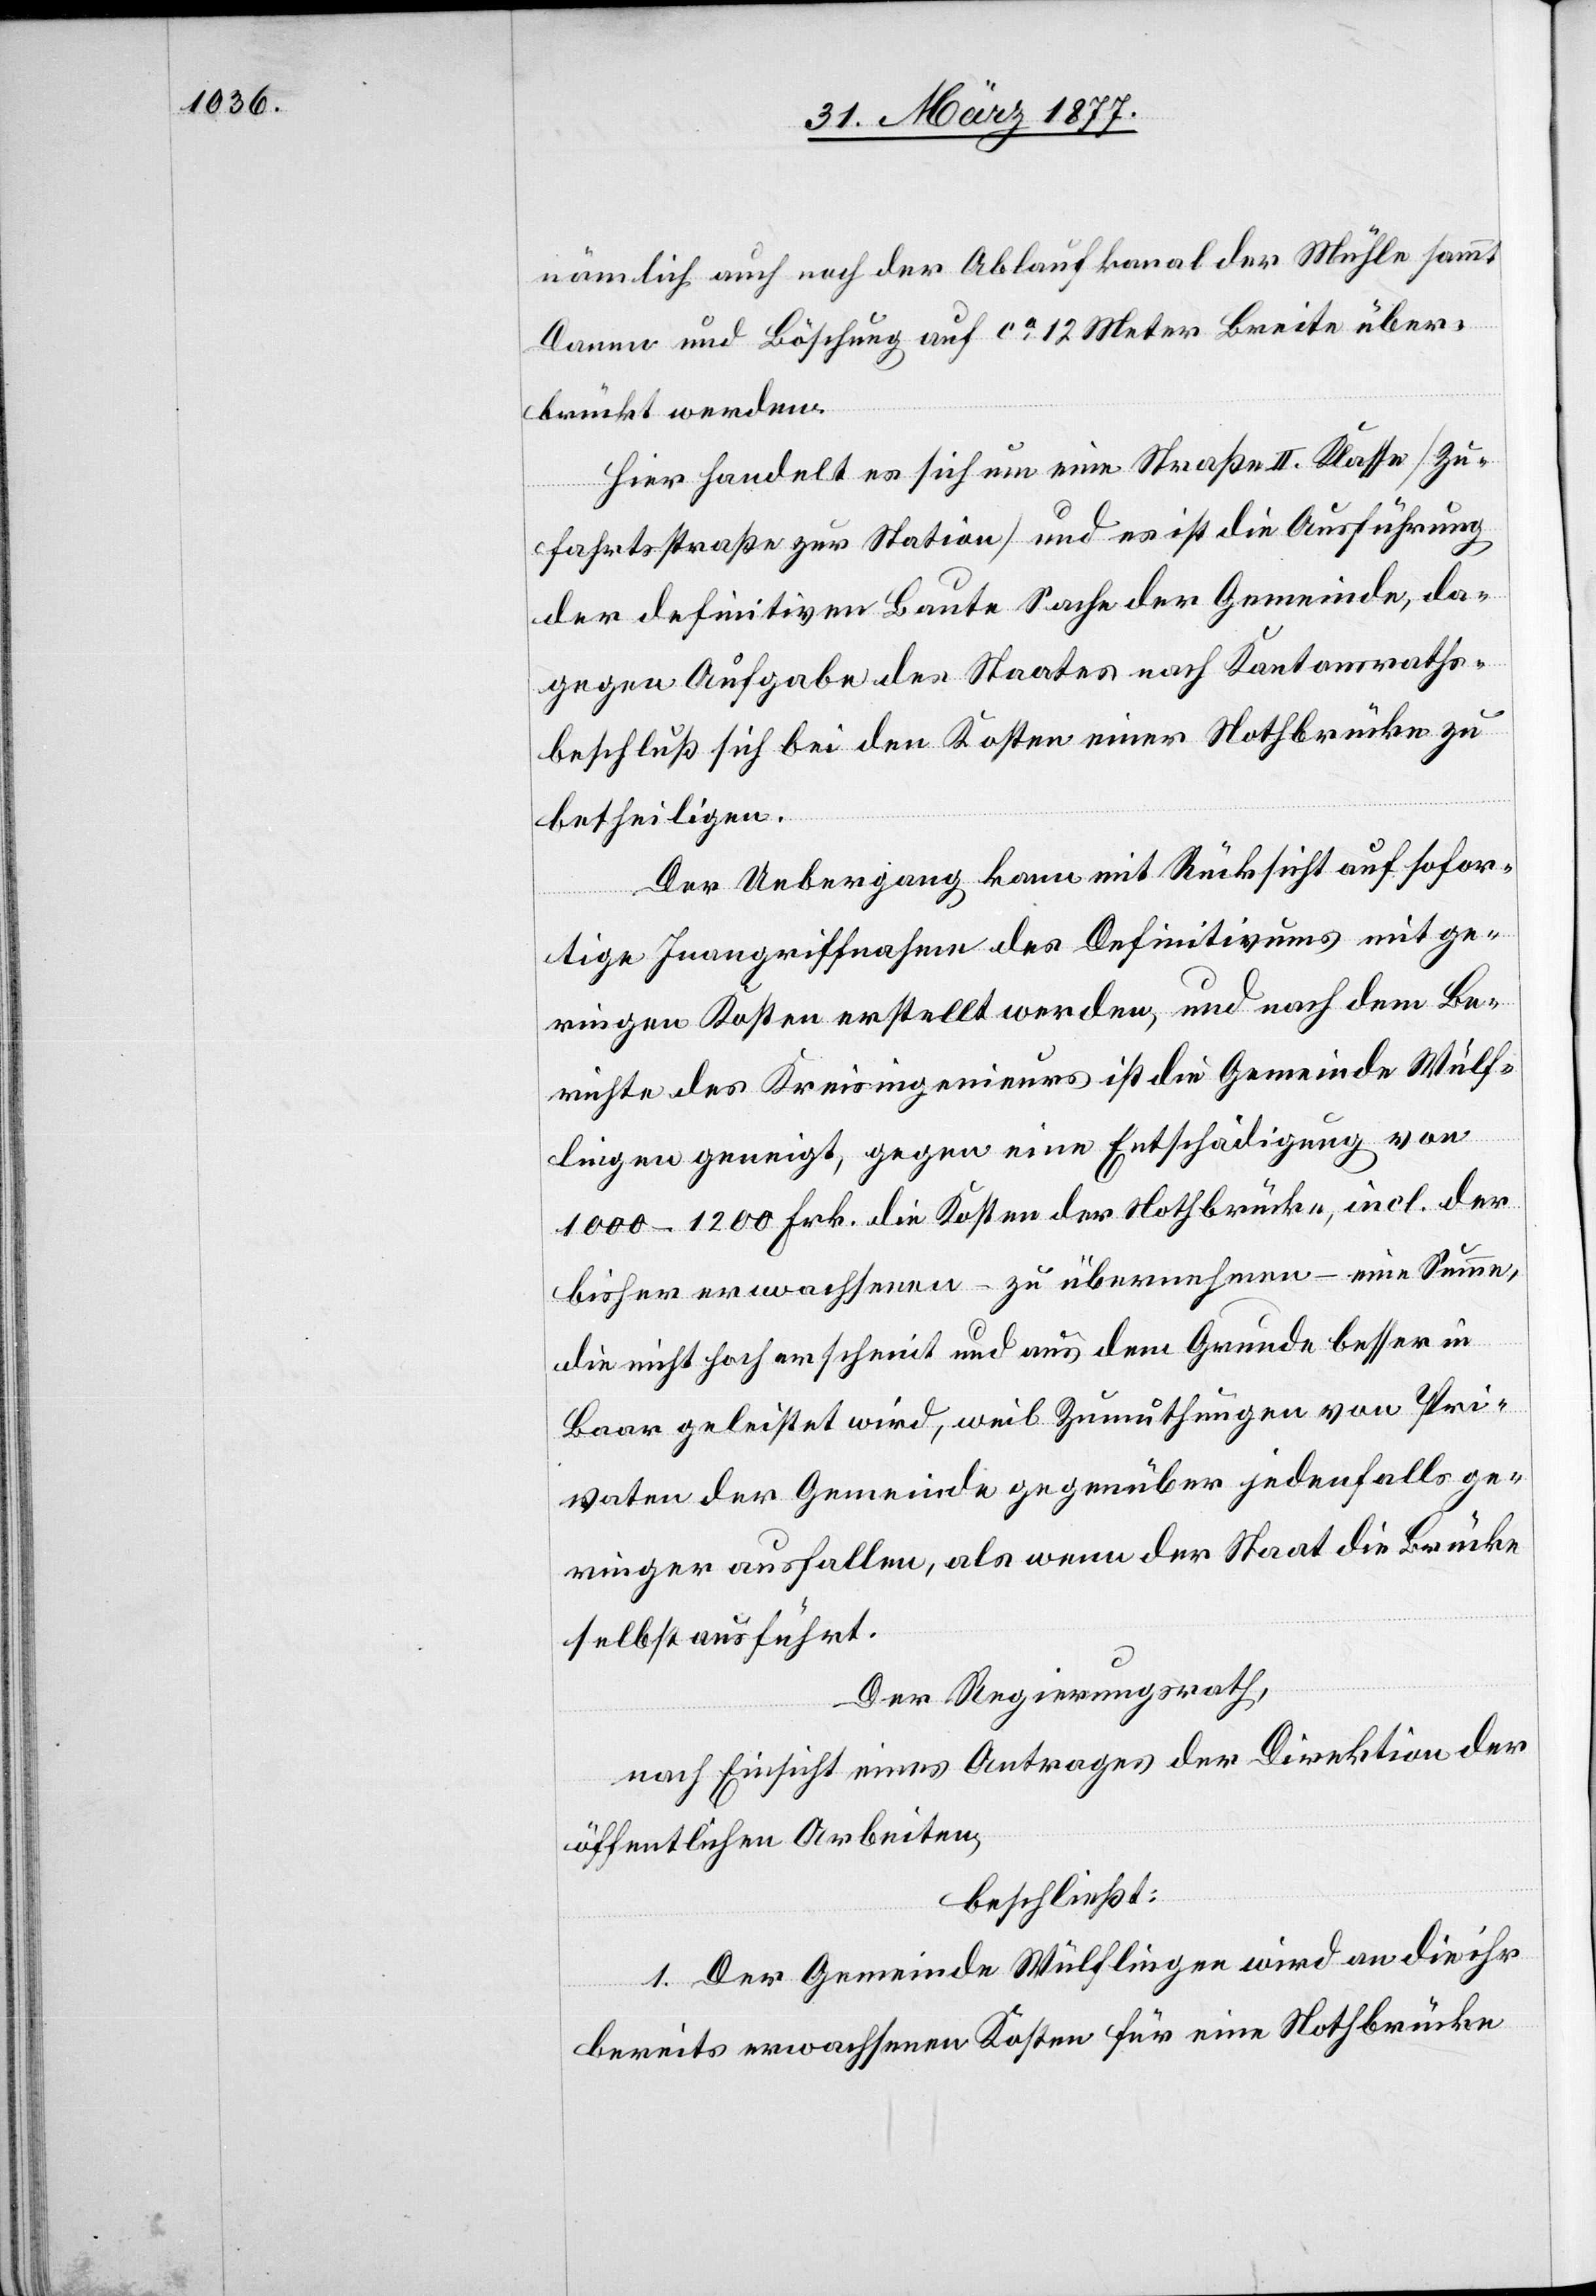
nämlich auch noch der Ablaufkanal der Mühle sammt
Damm und Böschung auf ca 12 Meter Breite über¬
brückt werden.
Hier handelt es sich um eine Straße II. Klasse [Zu¬
fahrtsstraße zur Station] und es ist die Ausführung
der definitiven Baute Sache der Gemeinde, da¬
gegen Aufgabe des Staates nach Kantonsraths¬
beschluß sich bei den Kosten einer Nothbrücke zu
betheiligen.
Der Uebergang kann mit Rücksicht auf sofor¬
tige Inangriffnahme des Definitivums mit ge¬
ringen Kosten erstellt werden, und nach dem Be¬
richte des Kreisingenieurs ist die Gemeinde Wülf¬
lingen geneigt, gegen eine Entschädigung von
1000–1200 Frk. die Kosten der Nothbrücke, incl. der
bisher erwachsenen – zu übernehmen – eine Summe,
die nicht hoch erscheint und aus dem Grunde besser in
Baar gleistet wird, weil Zumuthungen von Pri¬
vaten der Gemeinde gegenüber jedenfalls ge¬
ringer ausfallen, als wenn der Staat die Brücke
selbst ausführt.
Der Regierungsrath,
nach Einsicht eines Antrages der Direktion der
öffentlichen Arbeiten,
beschließt:
1. Der Gemeinde Wülflingen wird an die ihr
bereits erwachsenen Kosten für eine Nothbrücke